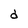
Character: d